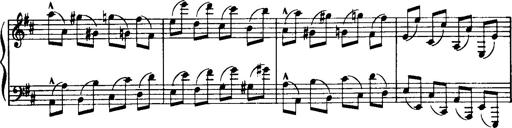
Title: Historische ungarische Bildnisse
Composer: Franz Liszt